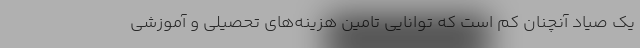
یک صیاد آنچنان کم است که توانایی تامین هزینه‌های تحصیلی و آموزشی